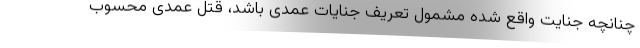
چنانچه جنایت واقع شده مشمول تعریف جنایات عمدی باشد، قتل عمدی محسوب